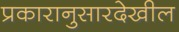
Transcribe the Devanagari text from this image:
प्रकारानुसारदेखील